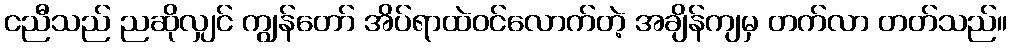
ငညီသည် ညဆိုလျှင် ကျွန်တော် အိပ်ရာထဲဝင်လောက်တဲ့ အချိန်ကျမှ တက်လာ တတ်သည်။